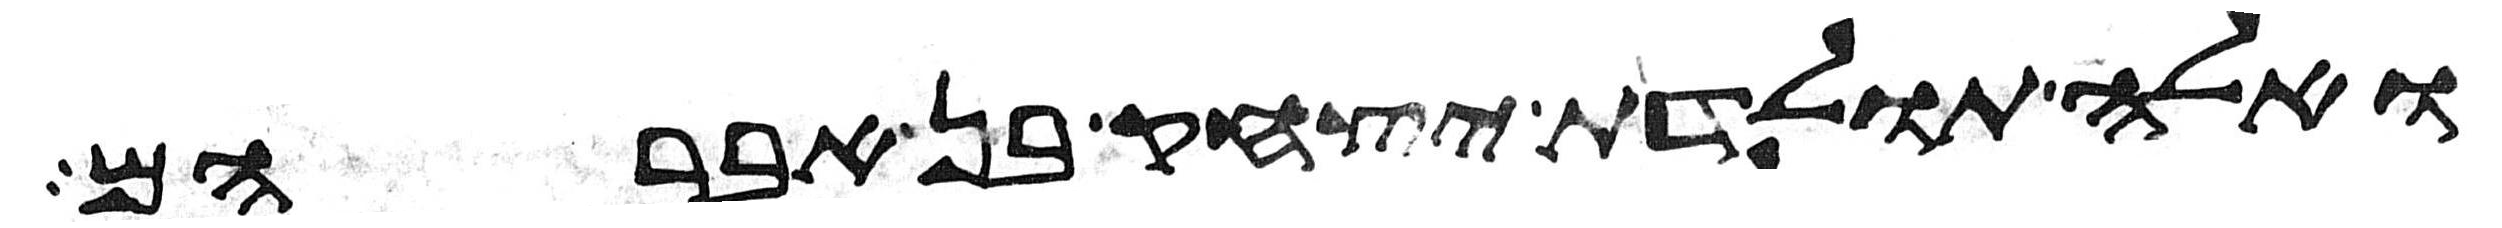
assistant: ואלה תולדת יצחק בן אברהם